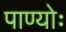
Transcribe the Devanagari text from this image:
पाण्योः